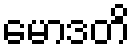
မောဒတိ